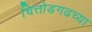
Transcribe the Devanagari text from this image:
चित्तोडगढच्या